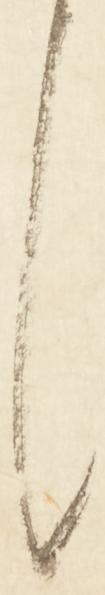
く